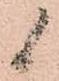
候